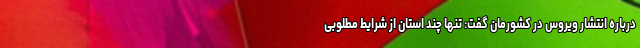
درباره انتشار ویروس در کشورمان گفت: تنها چند استان از شرایط مطلوبی